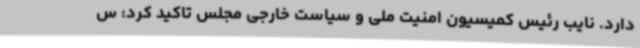
دارد. نایب رئیس کمیسیون امنیت ملی و سیاست خارجی مجلس تاکید کرد: س